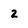
Character: 2